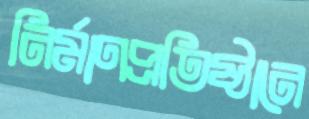
নির্মাণপ্রতিষ্ঠানে